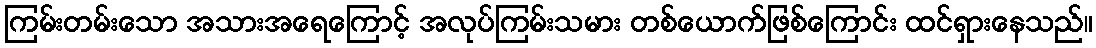
ကြမ်းတမ်းသော အသားအရေကြောင့် အလုပ်ကြမ်းသမား တစ်ယောက်ဖြစ်ကြောင်း ထင်ရှားနေသည်။